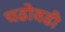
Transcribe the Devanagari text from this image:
चढोवढी